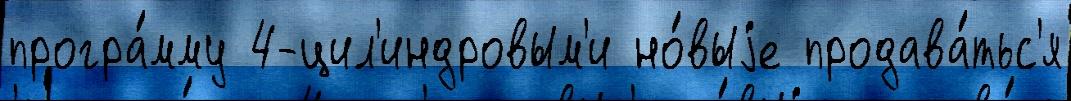
програ́мму 4-цил'индровым'и но́выjе продава́тьс'я